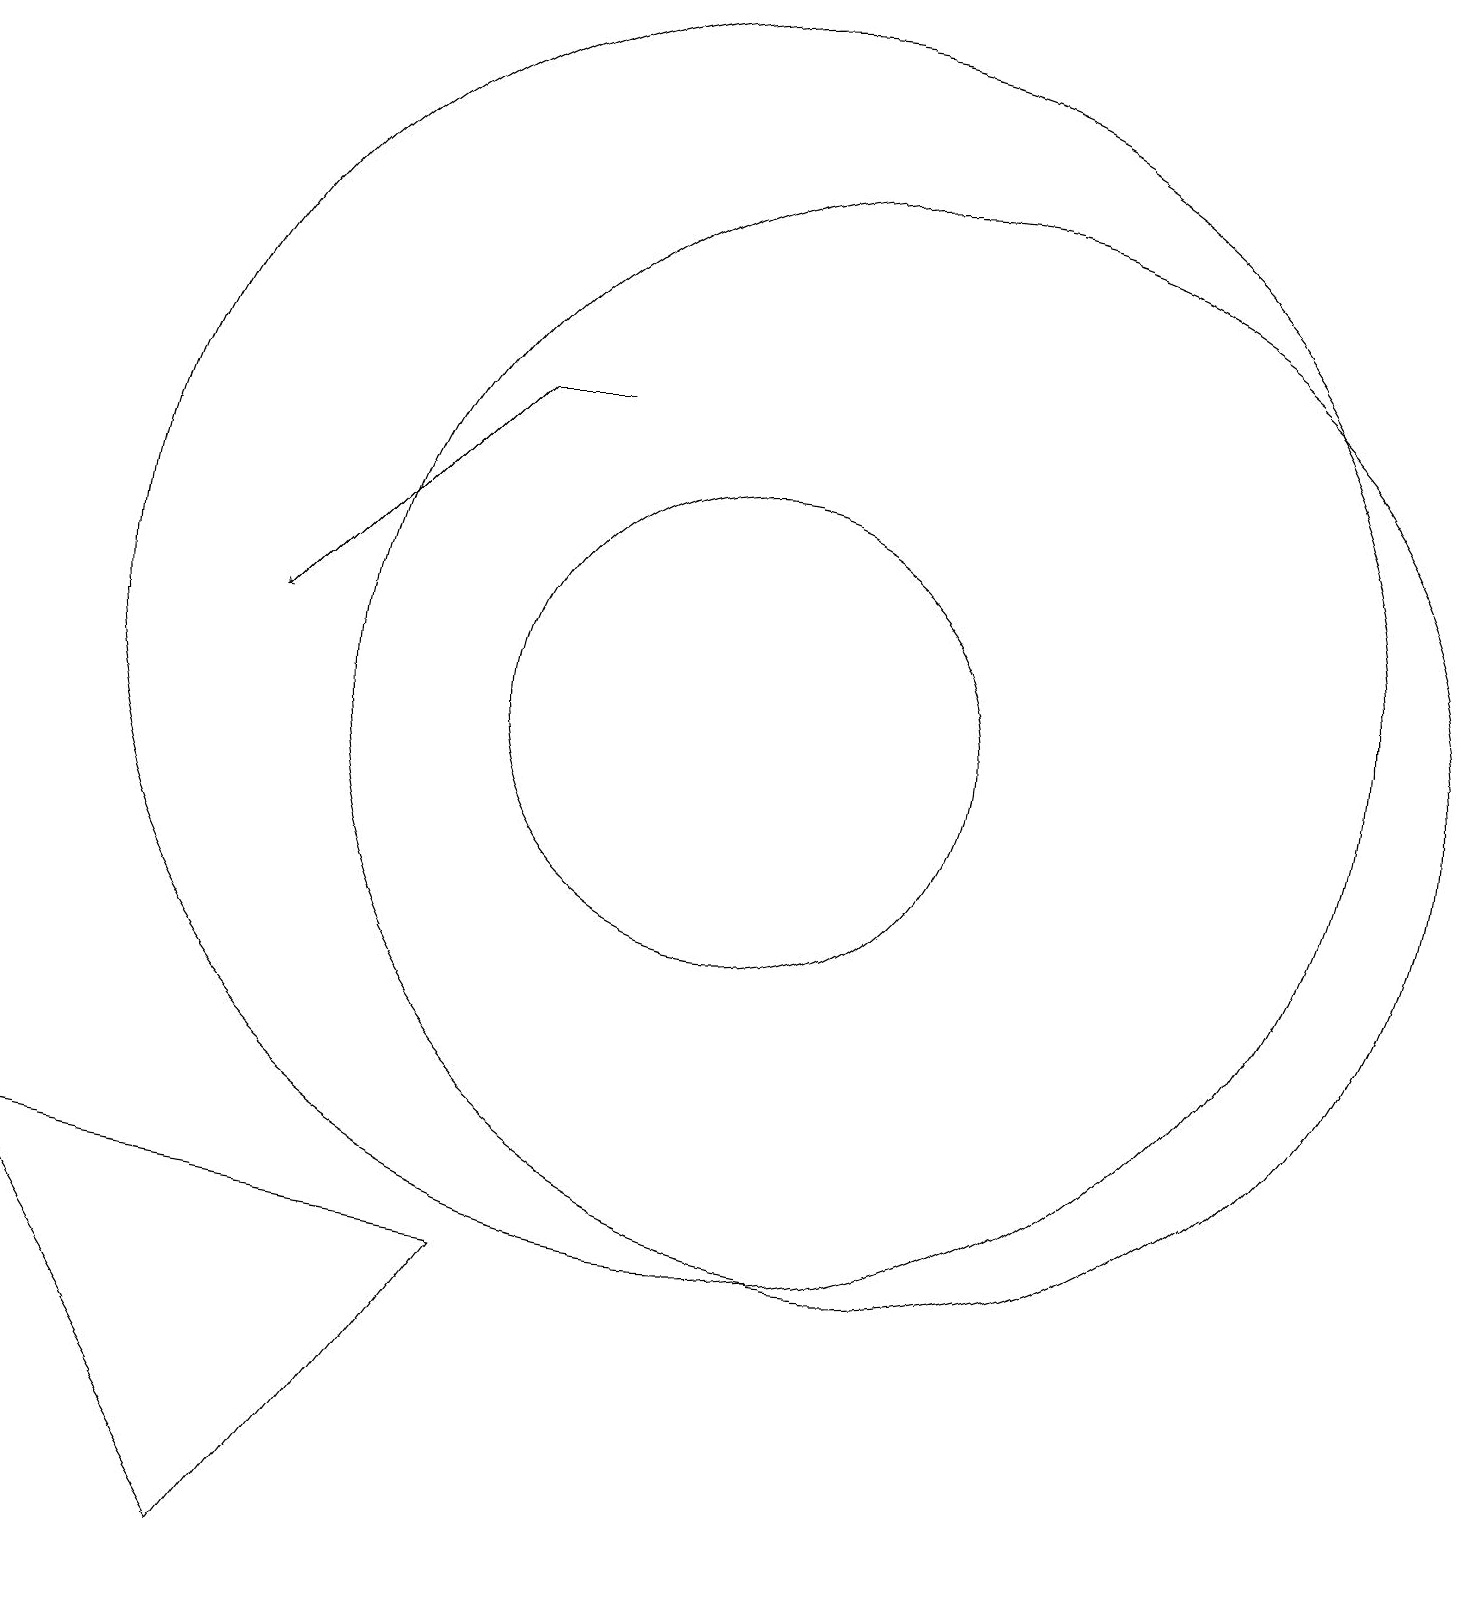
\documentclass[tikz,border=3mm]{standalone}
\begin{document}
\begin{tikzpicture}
\draw (10,11) circle (3);
\draw (10,12) circle (8);
\draw (12,11) circle (7);
\draw (7,4) -- (4,0) -- (1,5) -- cycle;
\draw[->] (7,15) -- (4,12);
\draw (7,15) rectangle (8,15);
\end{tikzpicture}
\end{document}